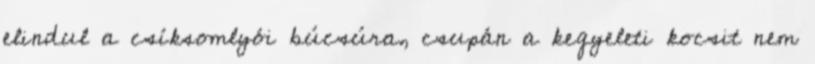
elindul a csíksomlyói búcsúra, csupán a kegyeleti kocsit nem